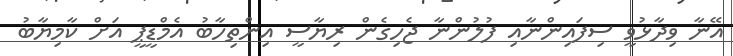
އޭނާ ވިދާޅުވީ ސިފައިންނާއި ފުލުންނާ ޖެހިގެން ރިޔާސީ އިންތިހާބު އެމްޑީޕީ އަށް ކާމިޔާބު